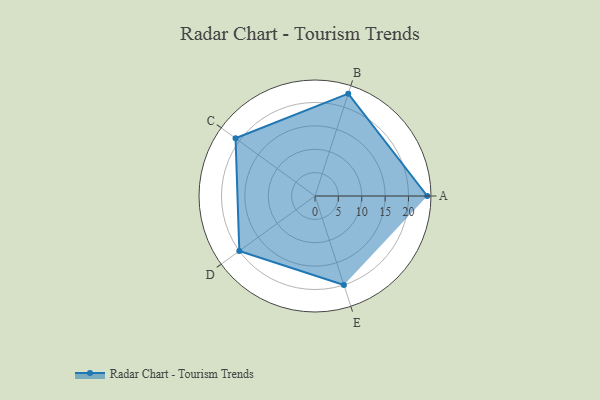
{"axis": {"x": "Skill", "y": "Score"}, "legend": ["Profile"], "data": [{"x": "A", "y": 24.0, "type": "Profile"}, {"x": "B", "y": 23.0, "type": "Profile"}, {"x": "C", "y": 21.0, "type": "Profile"}, {"x": "D", "y": 20, "type": "Profile"}, {"x": "E", "y": 20, "type": "Profile"}]}